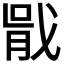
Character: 𭟶